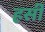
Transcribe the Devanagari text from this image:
हर्सी